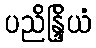
ပညိန္ဒြိယံ